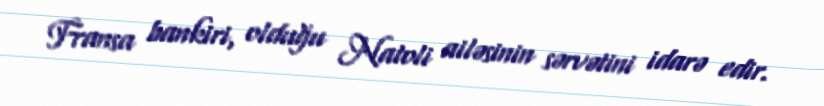
Fransa bankiri, olduğu Natoli ailəsinin sərvətini idarə edir.